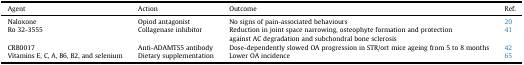
<table><thead><tr><td><b>Agent</b></td><td><b>Action</b></td><td><b>Outcome</b></td><td><b>Ref.</b></td></tr></thead><tbody><tr><td>Naloxone</td><td>Opiod antagonist</td><td>No signs of pain-associated behaviours</td><td>20</td></tr><tr><td>Ro 32-3555</td><td>Collagenase inhibitor</td><td>Reduction in joint space narrowing, osteophyte formation and protection against AC degradation and subchondral bone sclerosis</td><td>41</td></tr><tr><td>CRB0017</td><td>Anti-ADAMTS5 antibody</td><td>Dose-dependently slowed OA progression in STR/ort mice ageing from 5 to 8 months</td><td>42</td></tr><tr><td>Vitamins E, C, A, B6, B2, and selenium</td><td>Dietary supplementation</td><td>Lower OA incidence</td><td>65</td></tr></tbody></table>